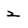
Character: 2